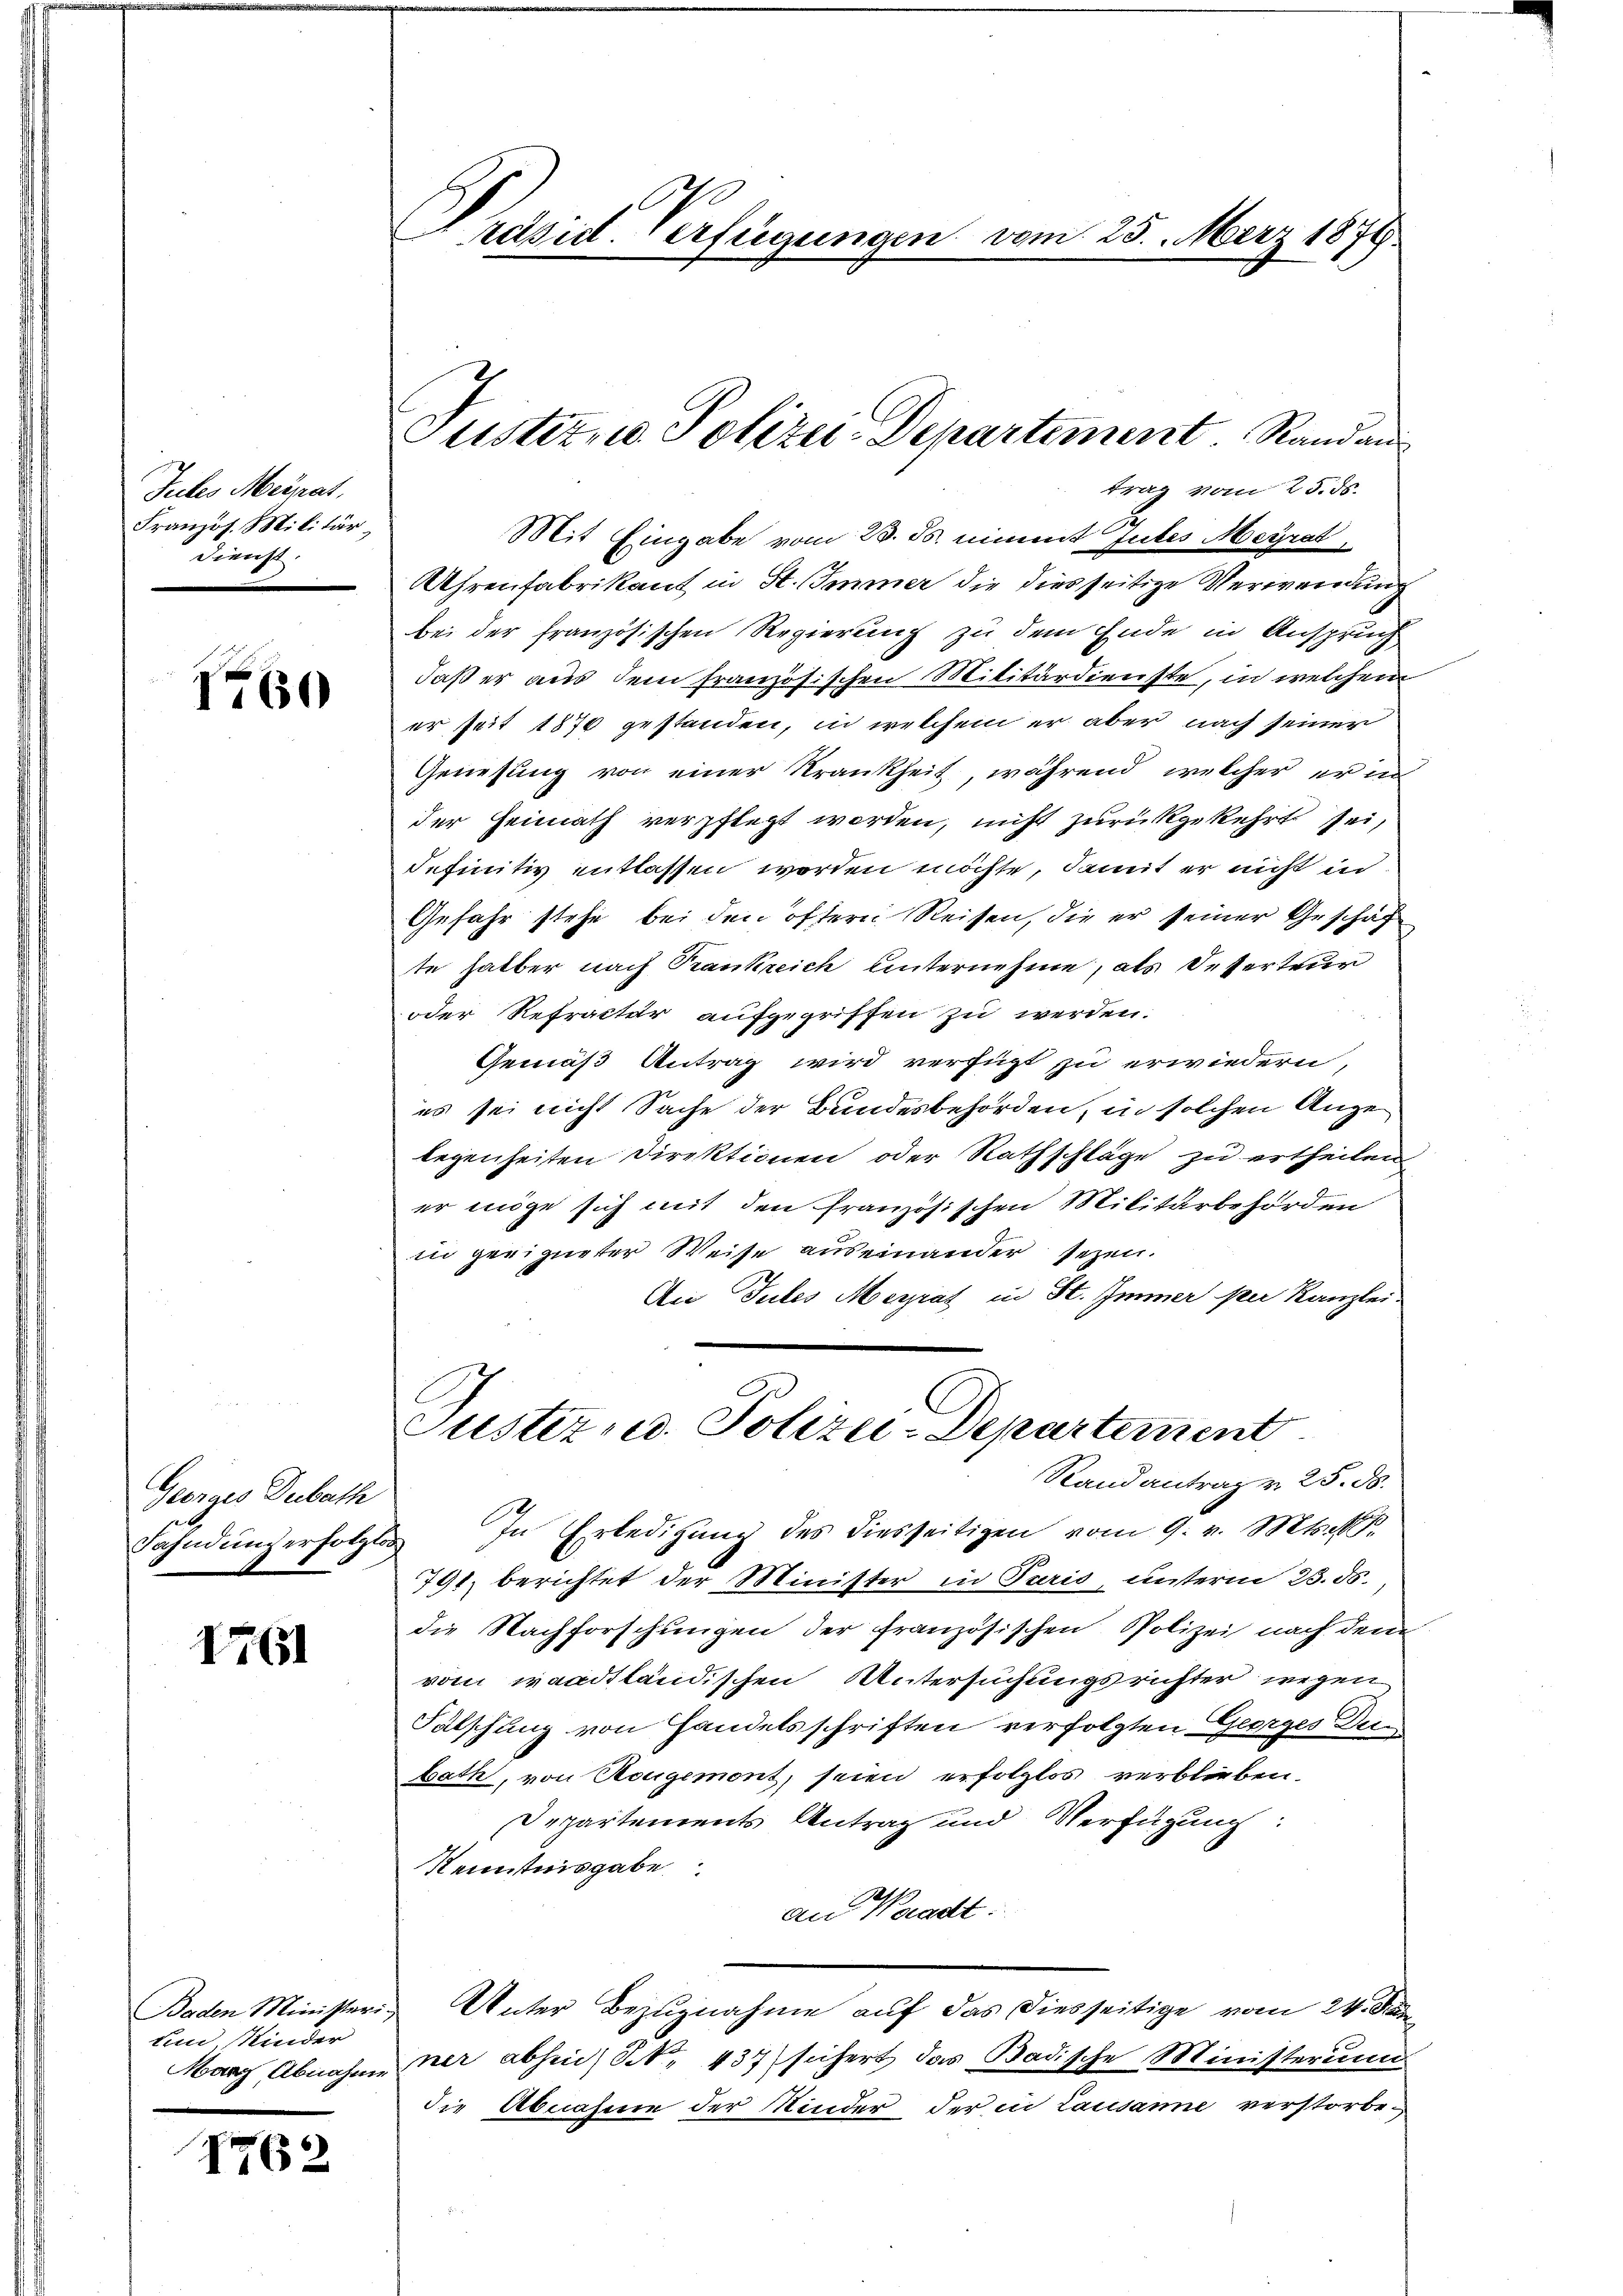
Jules Meirat,
Französ. Militärdienst

I60

Georges Debath
Fahndung erfolglos

1761

Baden Ministeri.
um Kinder

1762

Präsid. Verfügungen vom 25. März 1879.

Justiz- u. Polizei-Departement. Rand aus
trag vom 25. ds.

Mit Eingabe vom 23. ds. nimmt Gutes Meyrat
Uhrenfabrikant in St. Immer die diesseitige Verwendung
bei der französischen Regierung zu dem Ende in Anspruch
daß er aus dem französischen Militärdienste, in welchem
er Zeit 1870 gestanden, in welchem er aber nach seiner
Genesung von einer Krankheit, während welcher er in
der Heimath verpflegt werden, nicht zurückgekehrt sei,
Iefinitiv entlassen worden möchte, damit er nicht in
Gefahr stehe, bei den öffern Reisen, die er seiner Geschäf
te halber nach Frankreich unternehme, als Deserteur
oder Refracter aufgegriffen zu werden.
Gemäß Antrag wird verfügt zu erwiedern,
es sei nicht Sache der Bundesbehörden, in solchen Angelegenheiten Direktionen oder Rathschläge zu ertheilen
er möge sich mit den französischen Militärbehörden
in preizerter Weise auseinander sezen.
An Tutes Meyrat in St. Immer per Kanzlei
Justiz ed. Polizei-Departement
Stand antrag v. 25. ds.
In Erledigung des diesseitigen vom 9. v. Mts.
791, berichtet der Minister in Paris, unterm 23. ds.,
die Nachforschungen der französischen Polizei nach dem
vom waadtländischen Untersuchungsrichter wegen
Fälschung von Handelsschriften verfolgten Georges Dein
bath, von Nougemont, seien erfolglos verblieben.
Departements Antrag und Verfügung:
Kenntnisgabe
an Waadt:
Unter Bezugnahme auf das diesseitige vom 24. S
Marz Abnahme ner abheid) S. 437 sichert das Badische Ministerium
die Abnahme der Kinder der in Lausanne verstorbe¬